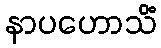
နာပဟောသိံ